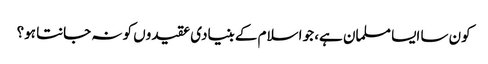
کون سا ایسا مسلمان ہے، جو اسلام کے بنیادی عقیدوں کو نہ جانتا ہو؟